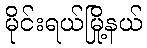
မိုင်းရယ်မြို့နယ်